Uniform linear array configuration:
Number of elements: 16
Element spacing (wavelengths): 0.25
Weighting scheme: hann
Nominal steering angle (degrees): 0
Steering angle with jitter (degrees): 0.4496
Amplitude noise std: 0.05
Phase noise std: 0.05

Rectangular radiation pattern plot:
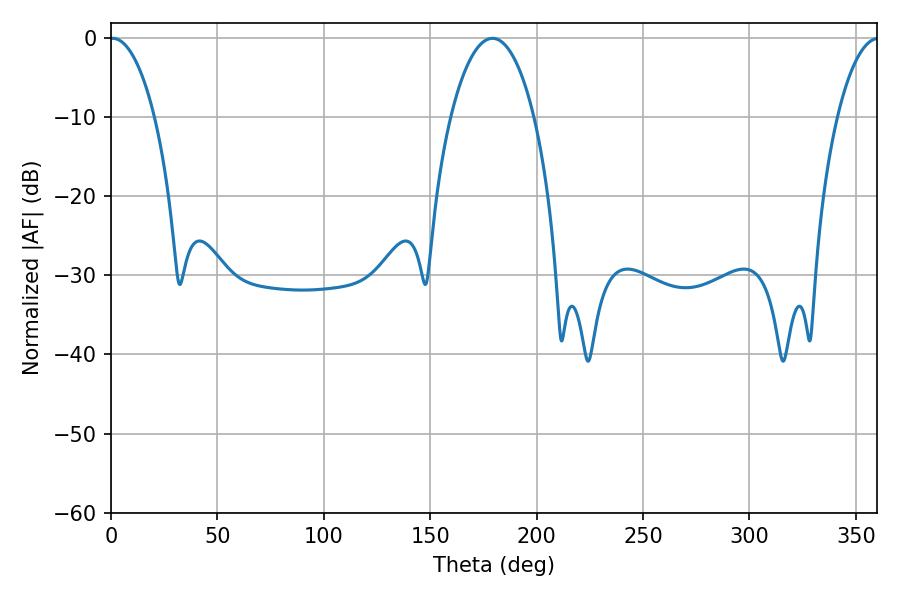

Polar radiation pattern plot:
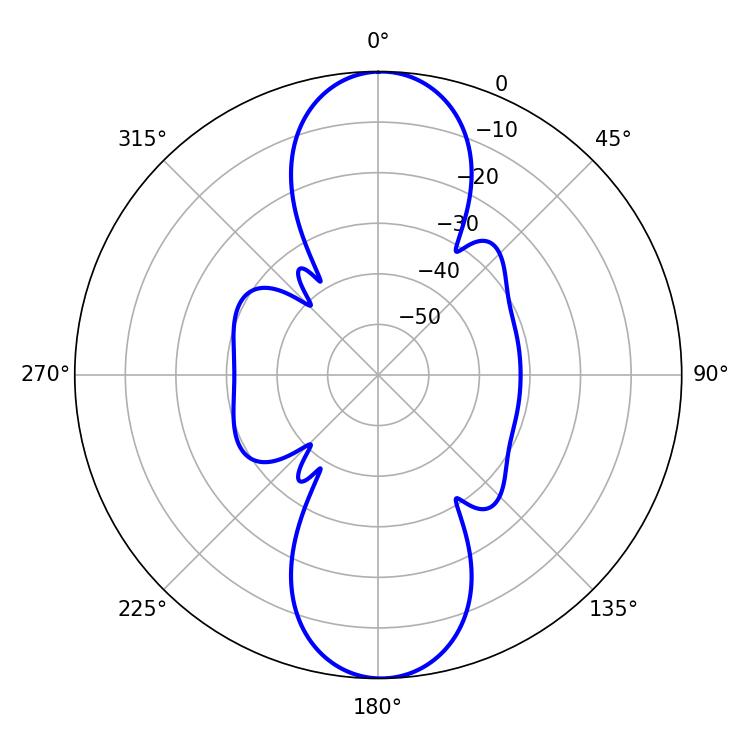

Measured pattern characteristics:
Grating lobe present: FALSE
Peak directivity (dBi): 22.23
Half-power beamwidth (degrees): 11.7
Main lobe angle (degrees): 0.72